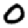
Digit: 0